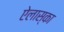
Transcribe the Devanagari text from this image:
ऐलास्का